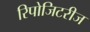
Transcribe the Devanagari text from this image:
रिपोजिटरीज